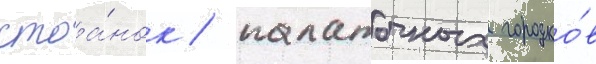
стоа́нок / палаточных городко́в